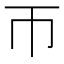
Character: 帀